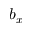
b _ { x }